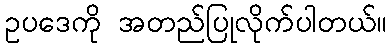
ဥပဒေကို အတည်ပြုလိုက်ပါတယ်။